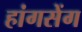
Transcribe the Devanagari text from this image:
हांगसेंग